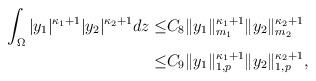
LaTeX: \begin{align*} \int_{\Omega}\vert y_1\vert^{\kappa_1 + 1}\vert y_2\vert^{\kappa_2 + 1}dz \leq& C_8 \| y_1\|_{m_1}^{\kappa_1 + 1}\| y_2\|_{m_2}^{\kappa_2 + 1}\\ \leq& C_{9} \|y_1\|_{1, p}^{\kappa_1 + 1}\|y_2\|_{1, p}^{\kappa_2 + 1}, \end{align*}